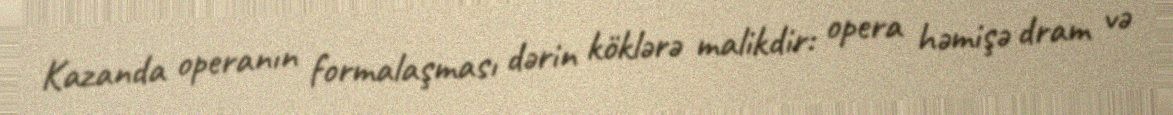
Kazanda operanın formalaşması dərin köklərə malikdir: opera həmişə dram və